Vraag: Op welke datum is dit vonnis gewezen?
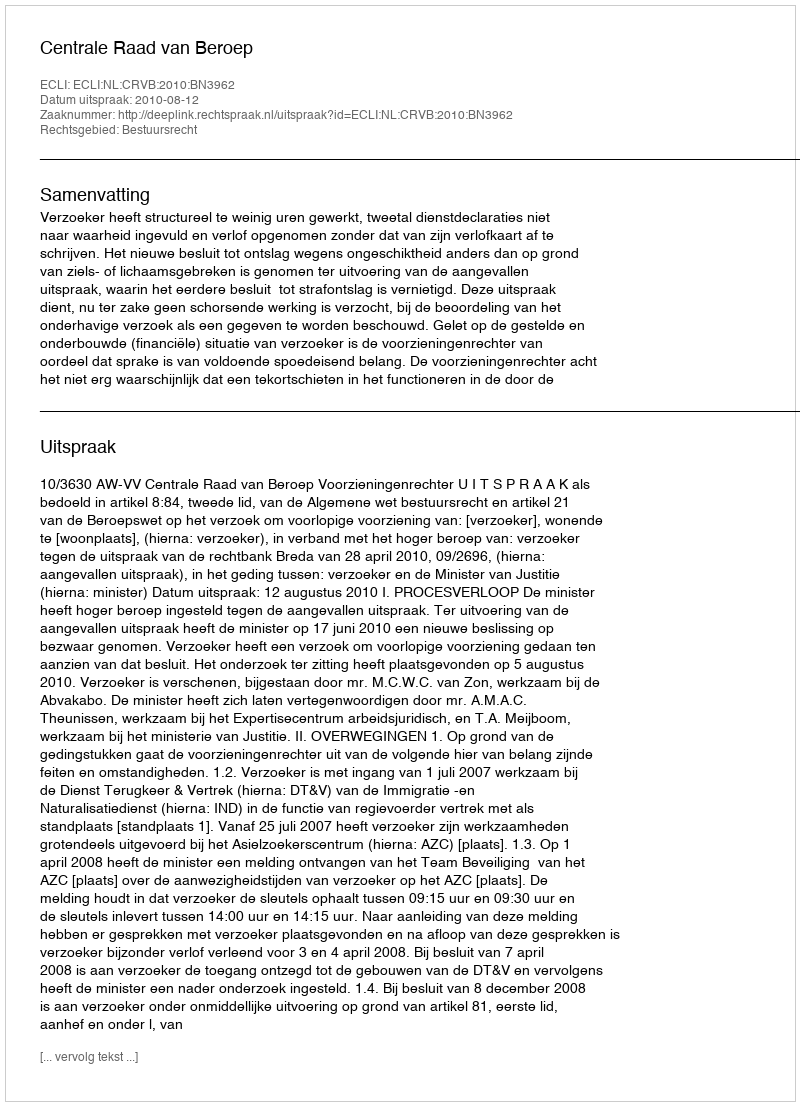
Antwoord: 2010-08-12